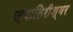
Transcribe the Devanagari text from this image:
ज्यातिरीश्वर